Report on horse surra - Volume II, Part II
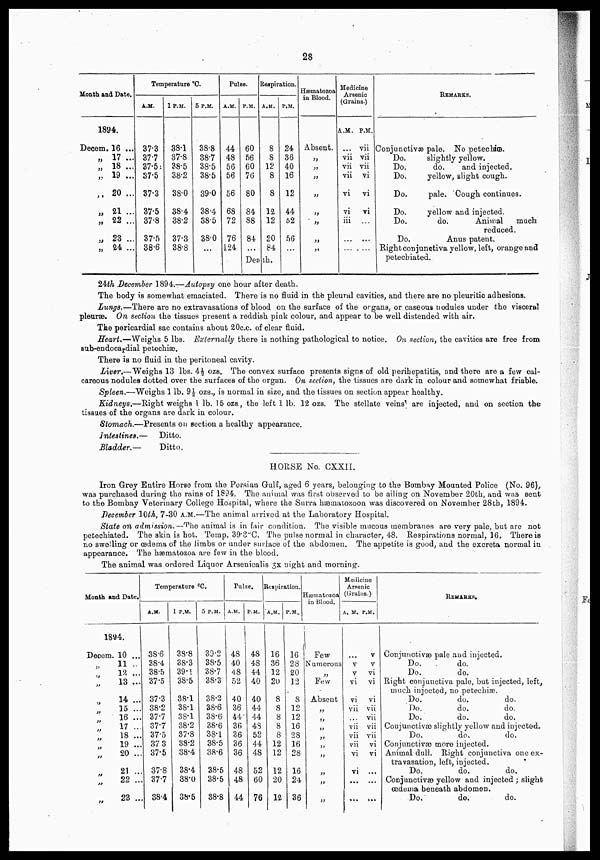
28
Month and Date.
1894.
Decern.
„
„
„
„
„
„
„
„
16 ...
17 ...
18 ...
19 ...
20 ...
21...
22 ...
23 ...
24 ...
Temperature °C.
A.M.
37.3
37.7
37.5
37.5
37.3
37.5
37.8
37.5
38.6
l P.M.
38.1
37.8
38.5
38.2
38.0
38.4
38.2
37.3
38.8
5 P.M.
38.8
38.7
38.5
38.5
39.0
38.4
38.5
38.0
...
Pulse.
A.M.
44
48
56
56
56
68
72
76
124
.
P.M.
60
56
60
76
80
84
88
84
...
Respiration.
A.M.
8
8
12
8
8
12
12
20
84
Death.
P.M.
24
36
40
16
12
44
62
56
Hæmatozoa
in Blood.
Absent.
„
„
„
„
„
„
„
„
Medicine
Arsenic
(Grains.)
A.M.
...
vii
vii
vii
vi
vi
iii
...
P.M.
vii
vii
vii
vi
vi
vi
...
...
REMARKS.
Conjunctivæ pale. No petechiœ.
Do.
slightly yellow.
Do.
do.
and injected.
Do.
yellow, slight cough.
Do.
pale. Cough continues.
Do.
yellow and injected.
Do.
do.
Animal
much
reduced.
Do.
Anus patent.
Right conjunctiva yellow, left, orange and
petechiated.
24th December 1894.—Autopsy one hour after death.
The body is somewhat emaciated. There is no fluid in the pleural cavities, and there are no pleuritic adhesions.
Lungs.—There are no extravasations of blood on the surface of the organs, or caseous nodules under the visceral
pleurae. On section the tissues present a reddish pink colour, and appear to be well distended with air.
The pericardial sac contains about 20c.c. of clear fluid.
Heart.— Weighs 5 lbs. Externally there is nothing pathological to notice. On section, the cavities are free from
sub-endocardial petechia?.
There is no fluid in the peritoneal cavity.
Liver.—Weighs 13 lbs. 4½ ozs. The convex surface presents signs of old perihepatitis, and there are a few cal-
careous nodules dotted over the surfaces of the organ. On section, the tissues are dark in colour and somewhat friable.
Spleen.—Weighs 1 lb. 9½ ozs., is normal in size, and the tissues on section appear healthy.
Kidneys.—Right weighs I lb. 15 ozs., the left 1 lb. 12 ozs. The stellate veins are injected, and on section the
tissues of the organs are dark in colour.
Stomach.—Presents on section a healthy appearance.
Intestines.—
Ditto.
Bladder,—
Ditto,
HORSE No. CXXII.
Iron Grey Entire Horse from the Persian Gulf, aged 6 years, belonging to the Bombay Mounted Police (No. 96),
was purchased during the rains of 1894. The animal was first observed to be ailing on November 20th, and was sent
to the Bombay Veterinary College Hospital, where the Surra hæmatozoon was discovered on November 28th, 1894.
December 10M, 7-30 A.M.—The animal arrived at the Laboratory Hospital.
State on admission.—The animal is in fair condition. The visible mucous membranes are very pale, but are not
petechiated. The skin is hot. Temp. 39.3°
C. The pulse normal in character, 48. Respirations normal, 16. There is
no swelling or oedema of the limbs or under surface of the abdomen. The appetite is good, and the excreta normal in
appearance. The hæmatozoa are few in the blood.
The animal was ordered Liquor Arsenicalis 3x night and morning.
Month and Date.
1894.
Decem.
„
„
„
„
„
„
„
„
„
„
„
„
„
10 ...
11 ..
12 ...
13 ...
14 ...
15 ...
16 ...
17 ...
18 ...
19 ...
20 ...
21 ...
22 ..
23 ..
Temperature °C.
A.M.
38.6
38.4
38.5
37.5
37.3
38.2
37.7
37.7
37.5
37 3
37.5
37.8
37.7
38.4
1 P.M.
38.8
38.3
39.1
38.5
38.1
38.1
38.1
38.2
37.8
38.2
38.4
38.4
38.0
38.5
5 P.M.
39.2
38.5
38.7
38.3
38.2
38.6
38.6
38.6
38.1
38.5
38.6
38.5
38.5
38.8
Pulse.
A.M. P.M.
48
40
48
52
40
36
44
36
36
36
36
48
48
44
48
48
44
40
40
44
44
48
52
44
48
52
60
76
Respiration.
A.M.
16
36
12
20
8
8
8
8
8
12
12
12
20
12
P.M.
16
28
20
12
8
12
12
16
28
16
28
16
24
36
Hæmatozoa
in Blood.
Few
Numerous
„
Few
Absent
„
„
„
„
„
„
„
„
„
Medicine
Arsenic
(Grains.)
A. M.
...
v
v
vi
vi
vii
...
vii
vii
vii
vi
vi
...
...
P.M.
v
v
vi
vi
vI
vii
vii
vii
vii
vi
vi
..
...
...
REMARKS.
Conjunctivæ pale and injected.
Do.
do.
Do.
do.
Right conjunctiva pale, but injected, left,
much injected, no petechiæ.
Do.
do.
do.
Do.
do.
do.
Do.
do.
do.
Conjunctivæ slightly yellow and injected.
Do.
do.
do.
Conjunctivæ more injected.
Animal dull. Right conjunctiva one ex-
travasation, left, injected.
Do.
do.
do.
Conjunctivæ yellow and injected ; slight
œdema beneath abdomen.
Do.
do.
do.